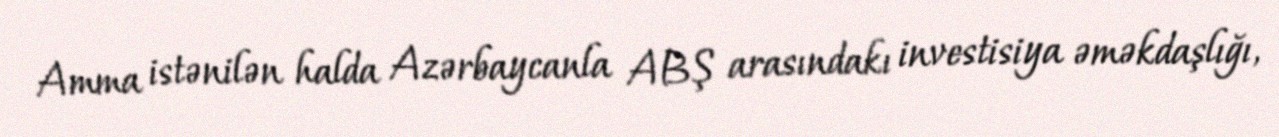
Amma istənilən halda Azərbaycanla ABŞ arasındakı investisiya əməkdaşlığı,